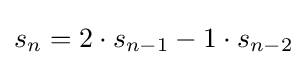
s_{n}=2\cdot s_{n-1}-1\cdot s_{n-2}